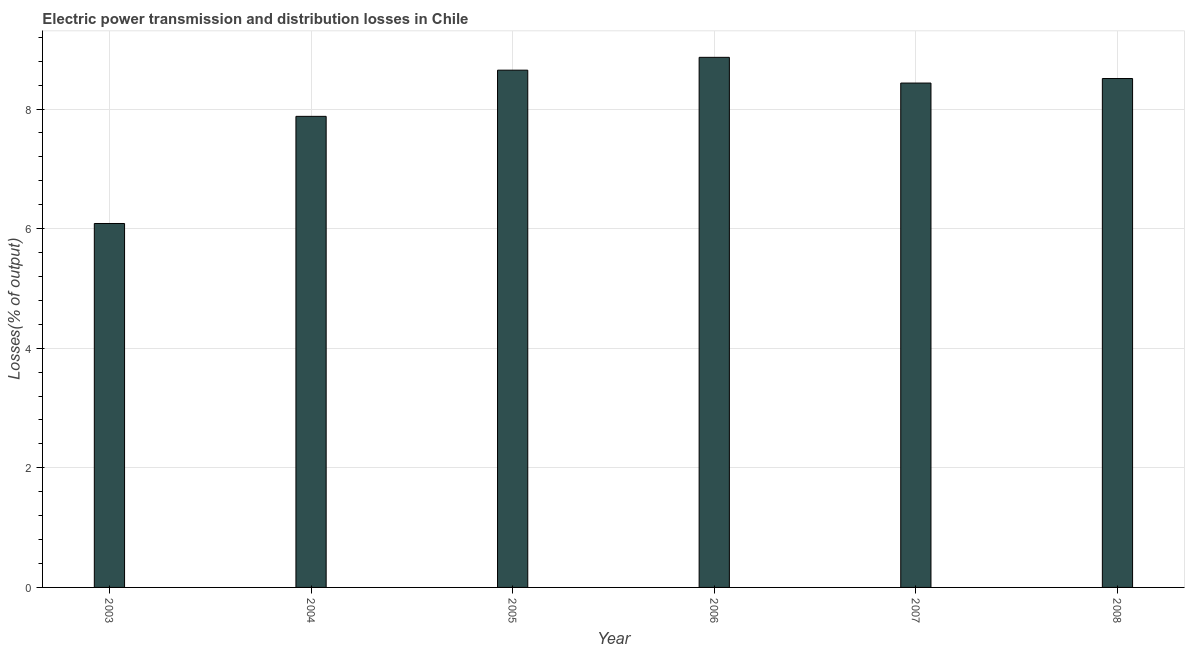
| Year | Electric power transmission and distribution losses |
 | --- | --- |
 | 2003 | 6.09 |
 | 2004 | 7.88 |
 | 2005 | 8.65 |
 | 2006 | 8.86 |
 | 2007 | 8.43 |
 | 2008 | 8.51 |